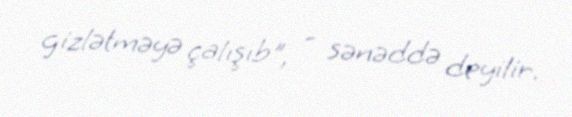
gizlətməyə çalışıb", - sənəddə deyilir.